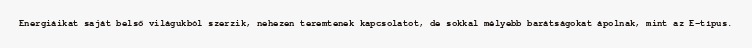
Energiáikat saját belső világukból szerzik, nehezen teremtenek kapcsolatot, de sokkal mélyebb barátságokat ápolnak, mint az E-típus.